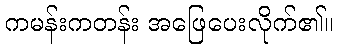
ကမန်းကတန်း အဖြေပေးလိုက်၏။